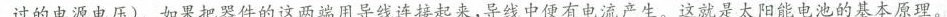
过的电源电压)。如果把器件的这两端用导线连接起来，导线中便有电流产生。这就是太阳能电池的基本原理。